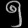
Digit: ၅